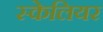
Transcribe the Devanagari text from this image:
स्केलियर